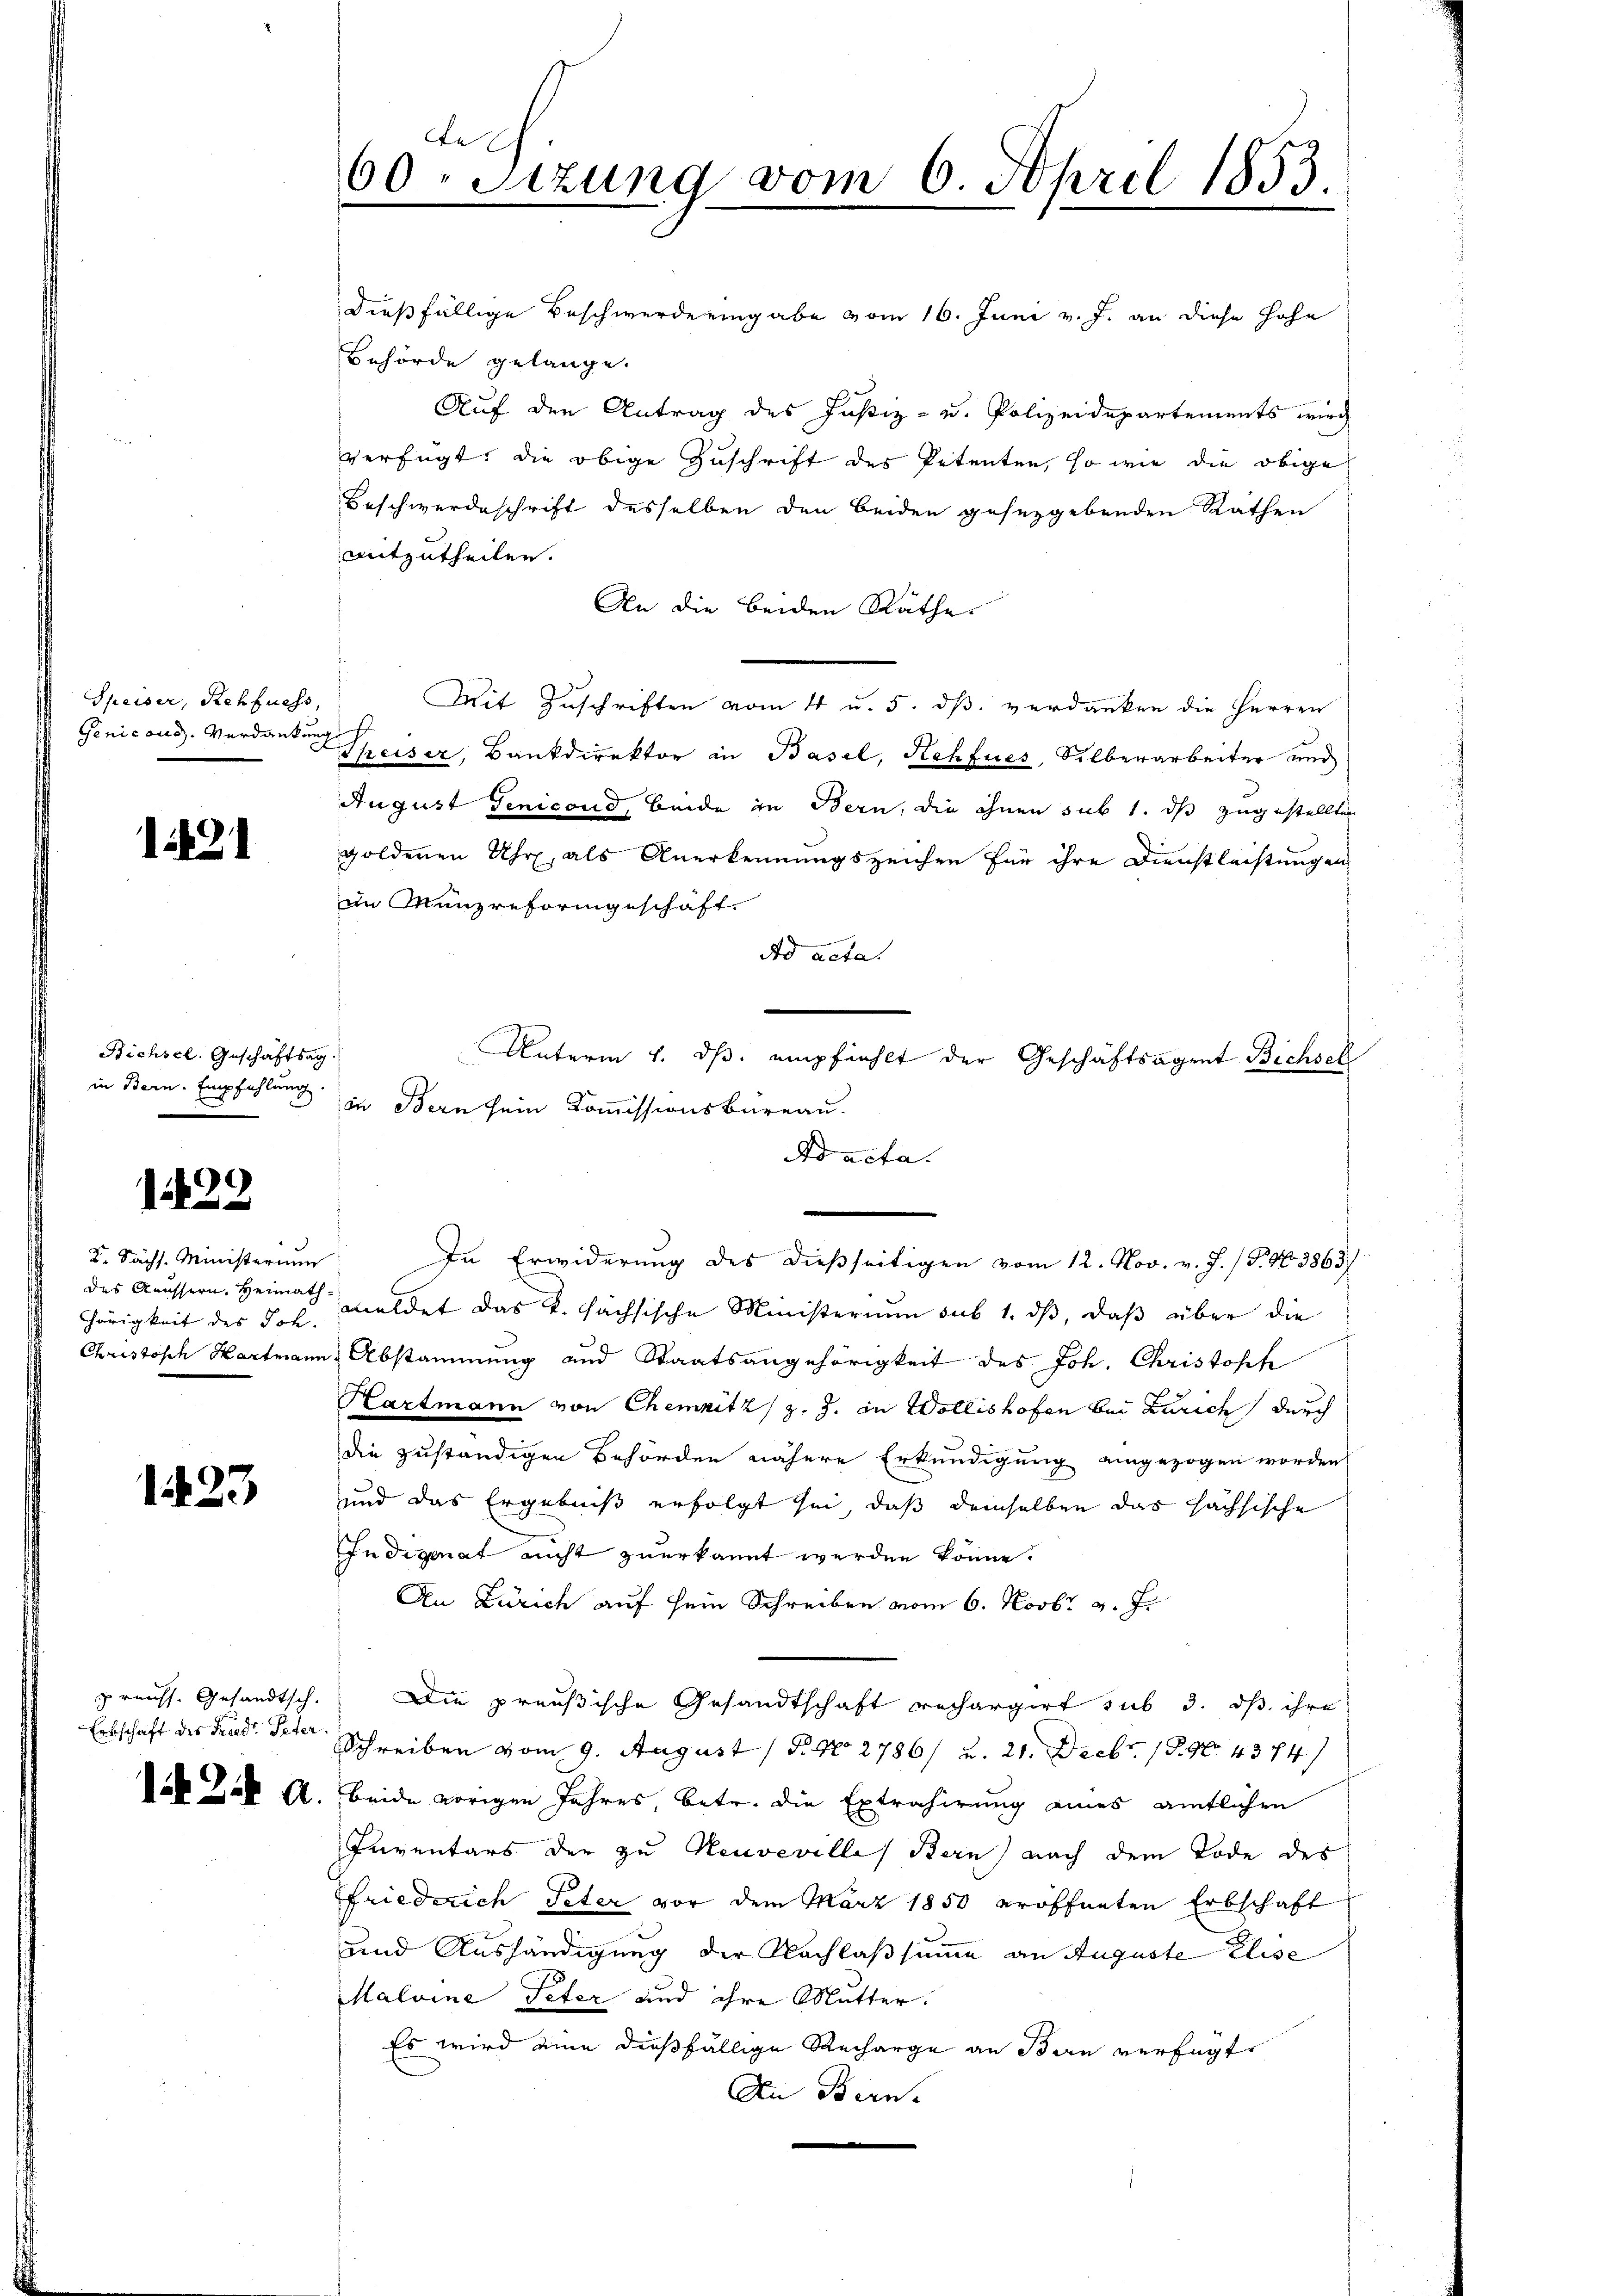
Speiser, Rehfuess,
Genicous. Verdankung

121

Richsel. Geschäftsag
in Bern. Empfehlung.

1429

2. Sächs. Ministerium
des Aeussern, Heimath
Hhörigkeit des Joh.

1423

preuss. Gesandtsch.

e
60. Sitzung vom 6. April 1853.

dießfällige Beschwerde eingabe vom 16. Juni v. J. an diese Hohe
Behörde gelange.
Auf den Antrag des Justiz- u. Polizeidepartements wird
verfügt: die obige Zuschrift des Petenten, so wie die obige
Beschwerdeschrift desselben den beiden gesezgebenden Räthen
mitzutheilen.
An die beiden Räthe
Mit Zuschriften vom 4 u. 5. dß. verdanken die Herren
h
Speiser, Bankdirektor in Basel, Rehfues, Silberarbeiter und
August Genicond, beide in Bern, die ihnen sub 1. ds zugestellten
goldenen Uhr, als Anerkennungszeichen für ihre Dienstleistungen
in Münzreformgeschäft.
ad acta.
Unterm 4. ds. empfiehlt der Geschäftsagent Bichsel
in Bern sein Kommissionsbureau.
dd acta.
In Erwiderung des dießseitigen vom 12. Nov. v. J. (T. 463863)
meldet das k. sächsische Ministerium sub 1. dß, daß über die
Christosch Hartmann Abstammung und Staatsangehörigkeit des Joh. Christoffe
Hartmann von Chemnitz / z. Z. in Wollishofen bei Zürich durch
die zuständigen Behörden nähere Erkundigung eingezogen worden
und das Ergebniß erfolgt sei, daß demselben das hächsische
Indigenat nicht zuerkannt werden könne.
An Zürich auf sein Schreiben vom 6. Novbr v. J.
Die preußische Gesandtschaft rechargirt sub 3. dß ihre
Erbschaft des Friede Peter Schreiben vom 9. August (S. 40. 2786/ u. 21. Debr. 1890. 4374/
Das Das A. beide vorigen Jahres, betr. die Extrahirung eines amtlichen
Inventars der zu Neuveville Bern nach dem Tode des
Friederich Peter vor dem März 1850 eröffneten Erbschaft
und Aushändigung der Nachlassumme an Auguste Elise
Maloine Peter und ihre Mutter.
Es wird eine dießfällige Recharge an Bern verfügt
An Bern.